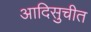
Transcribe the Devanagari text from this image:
आदिसुचीत